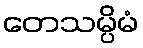
တေသမ္ပိမံ